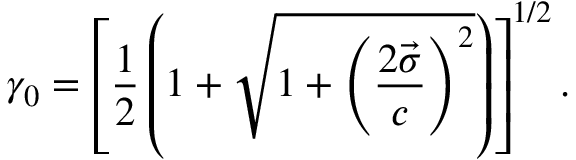
\gamma _ { 0 } = \left[ \frac { 1 } { 2 } \left( 1 + \sqrt { 1 + \left( \displaystyle \frac { 2 \vec { \sigma } } { c } \right) ^ { 2 } } \right) \right] ^ { 1 / 2 } .